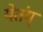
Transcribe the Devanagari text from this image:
येतंय्